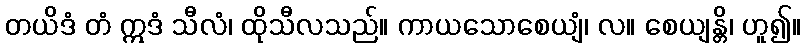
တယိဒံ တံ ဣဒံ သီလံ၊ ထိုသီလသည်။ ကာယသောစေယျံ၊ လ။ စေယျန္တိ၊ ဟူ၍။